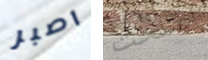
اصبر اصلحت